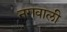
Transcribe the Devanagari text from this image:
नगवाली